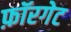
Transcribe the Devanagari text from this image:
फ़ॉरगेट